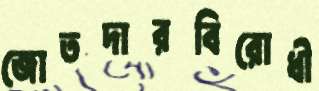
জোতদারবিরোধী